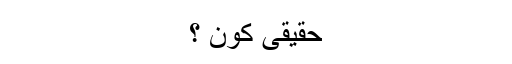
حقیقی کون ؟